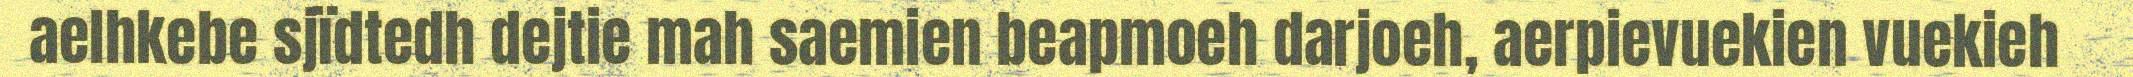
aelhkebe sjïdtedh dejtie mah saemien beapmoeh darjoeh, aerpievuekien vuekieh